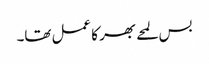
بس لمحے بھر کا عمل تھا۔